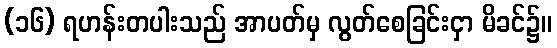
(၁၆) ရဟန်းတပါးသည် အာပတ်မှ လွတ်စေခြင်းငှာ မိခင်၌။